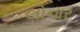
લોનાર